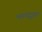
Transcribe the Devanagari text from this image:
भगवद्नुग्रह